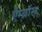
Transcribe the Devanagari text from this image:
ऍम्ब्रॉस